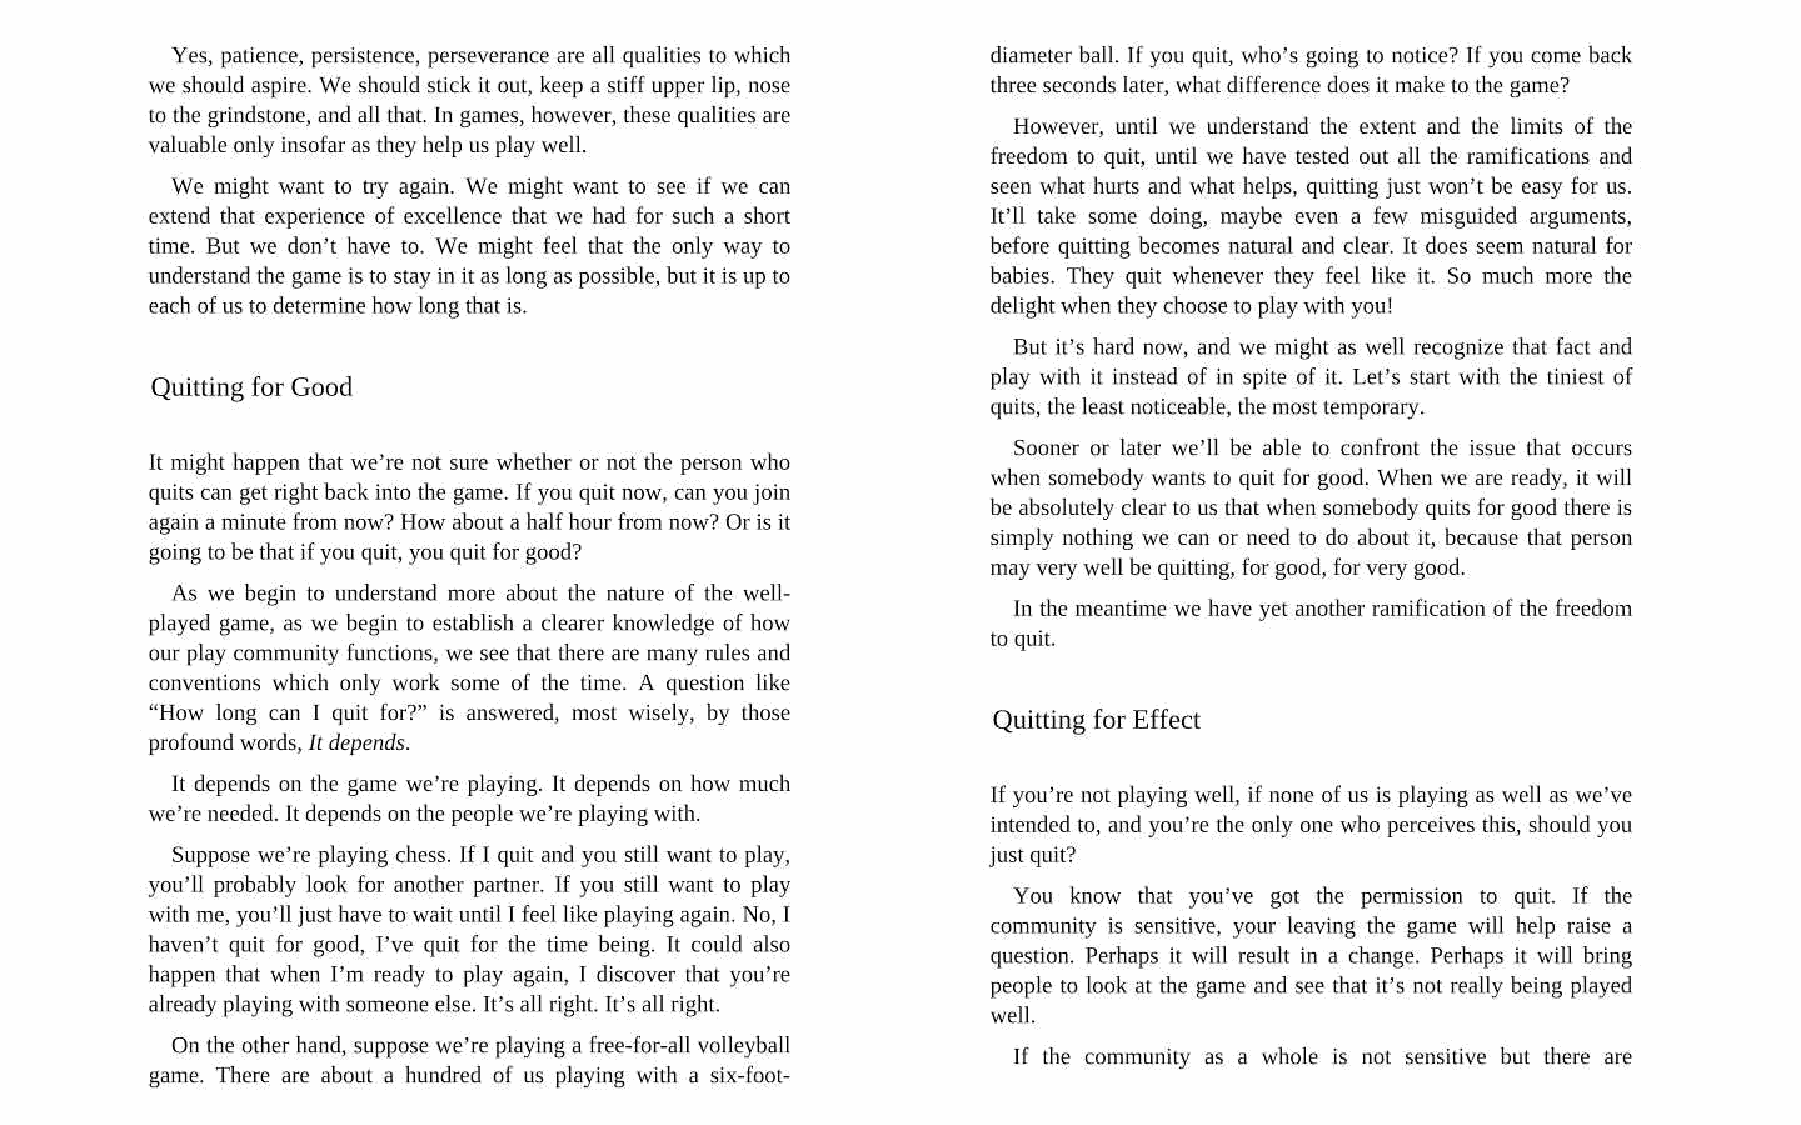
Yes, patience, persistence, perseverance are all qualities to which diameter ball. If you quit, who’s going to notice? If you come back
 we should aspire. We should stick it out, keep a stiff upper lip, nose
 three seconds later, what difference does it make to the game?
 to the grindstone, and all that. In games, however, these qualities are
 However, until we understand the extent and the limits of the
 valuable only insofar as they help us play well.
 freedom to quit, until we have tested out all the ramifications and
 We might want to try again. We might want to see if we can seen what hurts and what helps, quitting just won’t be easy for us.
 Ivll take some doing, maybe even a few misguided arguments,
 extend that experience of excellence that we had for such a short
 time. But we don’t have to. We might feel that the only way to before quitting becomes natural and clear. It does seem natural for
 babies. They quit whenever they feel like it. So much more the
 understand the game is to stay in it as long as possible, but it is up to
 each of us to determine how long that is.               delight when they choose to play with you!
 But it’s hard now, and we might as well recognize that fact and
 play with it instead of in spite of it. Let’s start with the tiniest of
 Quitting for Good
 quits, the least noticeable, the most temporary.
 Sooner or later we’ll be able to confront the issue that occurs
 It might happen that we’re not sure whether or not the person who
 when somebody wants to quit for good. When we are ready, it will
 quits can get right back into the game. If you quit now, can you join
 be absolutely clear to us that when somebody quits for good there is
 again a minute from now? How about a half hour from now? Or is it
 simply nothing we can or need to do about it, because that person
 going to be that if you quit, you quit for good?
 may very well be quitting, for good, for very good.
 As we begin to understand more about the nature of the well-
 In the meantime we have yet another ramification of the freedom
 played game, as we begin to establish a clearer knowledge of how
 to quit.
 our play community functions, we see that there are many rules and
 conventions which only work some of the time. A question like
 “How long can I quit for?” is answered, most wisely, by those
 Quitting for Effect
 profound words, It depends.
 It depends on the game we’re playing. It depends on how much
 If you’re not playing well, if none of us is playing as well as we’ve
 we're needed. It depends on the people we’re playing with.
 intended to, and you’re the only one who perceives this, should you
 Suppose we’re playing chess. If I quit and you still want to play, just quit?
 you'll probably look for another partner. If you still want to play
 You know that you’ve got the permission to quit. If the
 with me, you'll just have to wait until I feel like playing again. No, I
 community is sensitive, your leaving the game will help raise a
 haven’t quit for good, I’ve quit for the time being. It could also
 question. Perhaps it will result in a change. Perhaps it will bring
 happen that when I’m ready to play again, I discover that you’re
 people to look at the game and see that it’s not really being played
 already playing with someone else. It’s all right. It’s all right.
 well.
 On the other hand, suppose we're playing a free-for-all volleyball
 If the community as a whole is not sensitive but there are
 game. There are about a hundred of us playing with a six-foot-